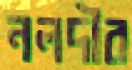
নলদীর